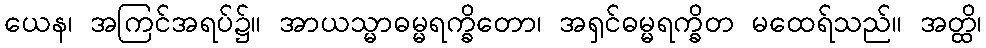
ယေန၊ အကြင်အရပ်၌။ အာယသ္မာဓမ္မရက္ခိတော၊ အရှင်ဓမ္မရက္ခိတ မထေရ်သည်။ အတ္ထိ၊